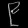
Digit: ၉